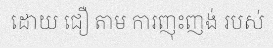
ដោយ ជឿ តាម ការញុះញង់ របស់